Medical and sanitary report of the native army of Bengal for the year
Year: 1875
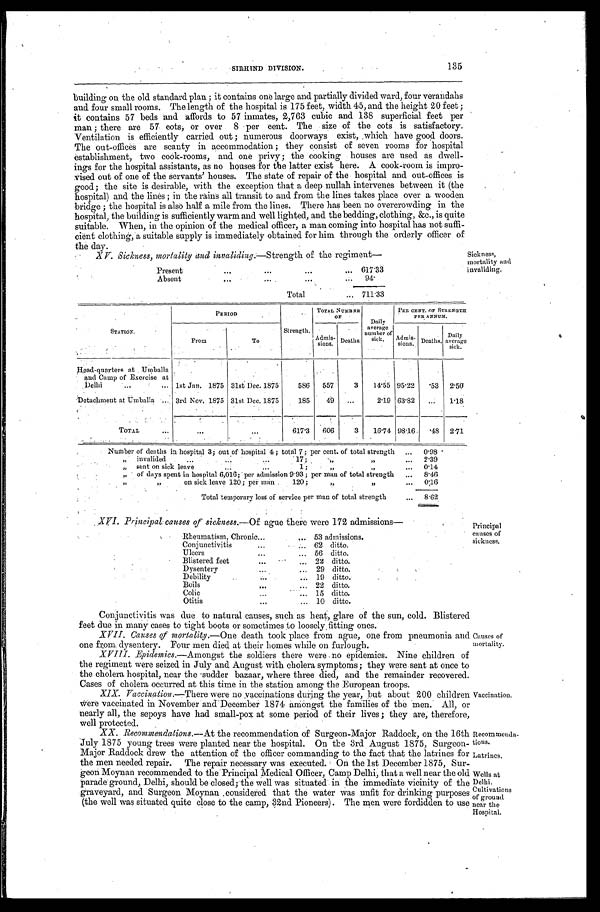
Rheumatism, Chronic . . .
53 admissions.
Conjunctivitis . . .
62 ditto.
Ulcers
. . .
56
ditto.
Blistered feet . . .
22 ditto.
Dysentery . . .
29 ditto.
Debility . . .
19
ditto.
Boils
. . .
2 2 d i t t o .
Colic . . . 15 di t t o.
Otitis . . .
10 ditto.
XVI. Principal causes of sickness.—Of ague there were 172 admissions—
Principal
causes of
sickness.
Causes of
mortality.
Vaccination.
Latrines.
Wells at
Delhi.
Cultivations
of ground
near the
Hospital.
Recommenda
-
tions.
135
SIRHIND DIVISION.
building on the old standard plan; it contains one large and partially divided ward, four verandahs
and four small rooms. The length of the hospital is 175 feet, width 45, and the height 20 feet;
it contains 57 beds and affords to 57 inmates, 2,763 cubic and 138 superficial feet per
man; there are 57 cots, or over 8 per cent. The size of the cots is satisfactory.
Ventilation is efficiently carried out ; numerous doorways exist, which have good doors.
T h e o u t - o f f i c e s a r e s c a n t y i n a c c o mmo d a t i o n ; t h e y c o n s i s t o f s e v e n r o o ms f o r h o s p i t a l
establishment, two cook-rooms, and one privy; the cooking houses are used as dwell
-
ings for the hospital assistants, as no houses for the latter exist here. A cook-room is impro
-
vised out of one of the servants' houses. The state of repair of the hospital and out-offices is
good; the site is desirable, with the exception that a deep nullah intervenes between it (the
hospital) and the lines; in the rains all transit to and from the lines takes place over a wooden
bridge; the hospital is also half a mile from the lines. There has been no overcrowding in the
hospital, the building is sufficiently warm and well lighted, and the bedding, clothing, &c., is quite
suitable. When, in the opinion of the medical officer, a man coming into hospital has not suffi
-
cient clothing, a suitable supply is immediately obtained for him through the orderly officer of
the day.
Sickness,
mortality and
invaliding.
XV. Sickness, mortality and invaliding.— Strength of the regiment
—
Present . . . 617.33
A b s e n t . . .
94.
Total
. . . 711.33
PERIOD
TOTAL NUMBER
OF
Daily
average
number of
sick.
PER CENT. OF STRENGTH
PER ANNUM.
STATION.
From
To
Strength.
Admis- s i o n s .
Deaths.
Admis-
sions.
Deaths.
Daily
average
sick.
Head-quarters at Umball
and Camp of Exercise at
Delhi . . . 1st Jan. 1875 31st Dec. 1875
586
557
3
14.55 95.22
.53
2.50
Detachment at Umballa
. . . 3rd Nov. 1875 31st Dec. 1875
185
49
. . .
2.19 63.82
. . .
1.18
TOTAL
. . .
. . .
. . .
617.3
606
3
16.74 98.16
.48
2.71
Number of deaths in hospital 3; out of hospital 4; total 7; per cent. of total strength . . .
0.98
"
invalided
17; " " . . .
2.39
"
sent on sick leave
1;
" "
. . .
0.14
" of days spent in hospital 6,016; per admission 9.93; per man of total strength
. . . 8.46
" "
on sick leave 120; per man .
120 ;
"
"
. . .
0.16
Total temporary loss of service per man of total strength. . . 8.62
Conjunctivitis was due to natural causes, such as heat, glare of the sun, cold. Blistered
feet due in many cases to tight boots or sometimes to loosely fitting ones.
XVII. Causes of mortality.— One death took place from ague, one from pneumonia and
one from, dysentery. Four men died at their homes while on furlough.
XVIII. Epidemics.—Amongst the soldiers there were no epidemics. Nine children of
the regiment were seized in July and August with cholera symptoms; they were sent at once to
the cholera hospital, near the sudder bazaar, where three died, and the remainder recovered.
Cases of cholera occurred at this time in the station among the European troops.
XIX. Vaccination.—There were no vaccinations during the year, but about 200 children
were vaccinated in November and December 1874 amongst the families of the men. All, or
nearly all, the sepoys have had small-pox at some period of their lives; they are, therefore,
well protected.
XX. Recommendations.— At the recommendation of Surgeon-Major Raddock, on the 16th
July 1875 young trees were planted near the hospital. On the 3rd August 1875, Surgeon
-
Major Raddock drew the attention of the officer commanding to the fact that the latrines for
the men needed repair. The repair necessary was executed. On the 1st December 1875, Sur
-
geon Moynan recommended to the Principal Medical Officer, Camp Delhi, that a well near the old
parade ground, Delhi, should be closed; the well was situated in the immediate vicinity of the
graveyard, and Surgeon Moynan cousidered that the water was unfit for drinking purposes
(the well was situated quite close to the camp. 32nd Pioneers). The men were fordidden to use